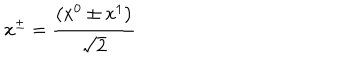
x ^ { \pm } = \frac { \left( x ^ { 0 } \pm x ^ { 1 } \right) } { \sqrt { 2 } }